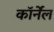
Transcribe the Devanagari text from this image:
कॉर्नेंल